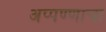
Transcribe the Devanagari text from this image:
अप्पण्णाचा